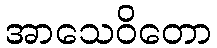
အာသေဝိတော